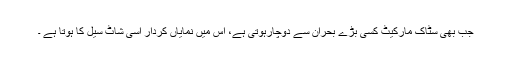
جب بھی سٹاک مارکیٹ کسی بڑے بحران سے دوچارہوتی ہے، اس میں نمایاں کردار اسی شاٹ سیل کا ہوتا ہے ۔